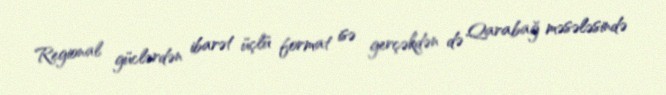
Regional güclərdən ibarət üçlü format isə gerçəkdən də Qarabağ məsələsində